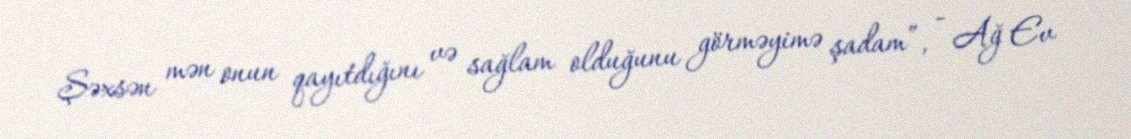
Şəxsən mən onun qayıtdığını və sağlam olduğunu görməyimə şadam”, - Ağ Ev